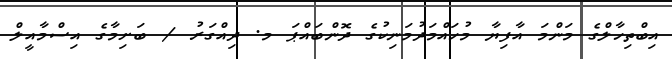
އިބްތިހާލްގެ މަންމަ އާފިޔާ މުހައްމަދުމަނިކުގެ ދޮންބައްޕަ މ. ދިއްގަރު / ބަށިމާގެ އިސްމާއީލް